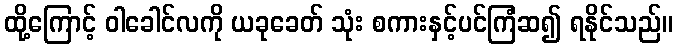
ထို့ကြောင့် ဝါခေါင်လကို ယခုခေတ် သုံး စကားနှင့်ပင်ကြံဆ၍ ရနိုင်သည်။